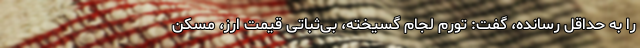
را به حداقل رسانده، گفت: تورم لجام گسیخته، بی‌ثباتی قیمت ارز، مسکن